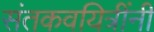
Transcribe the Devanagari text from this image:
संतकवयित्रींनी